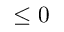
\leq 0